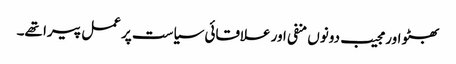
بھٹو اور مجیب دونوں منفی اور علاقائی سیاست پر عمل پیرا تھے۔